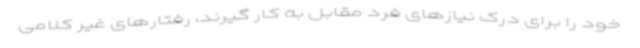
خود را برای درک نیازهای فرد مقابل به کار گیرند، رفتارهای غیر کلامی